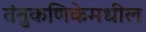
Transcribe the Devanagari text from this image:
तंतुकणिकेमधील